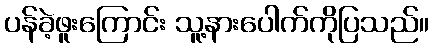
ပန်ခဲ့ဖူးကြောင်း သူ့နားပေါက်ကိုပြသည်။